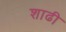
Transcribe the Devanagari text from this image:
शाढी